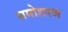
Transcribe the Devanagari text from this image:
समोशरण